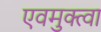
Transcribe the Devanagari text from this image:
एवमुक्त्वा